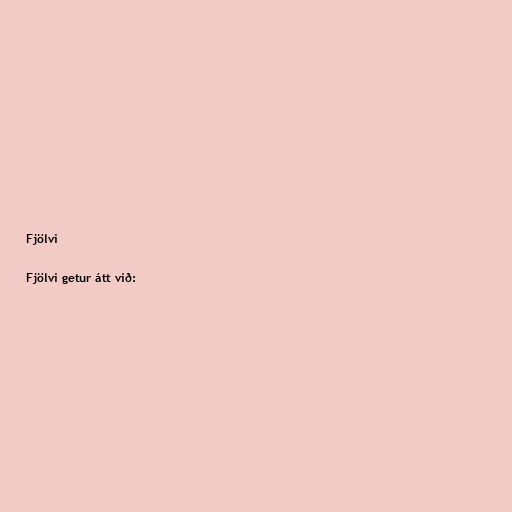
Fjölvi

Fjölvi getur átt við: